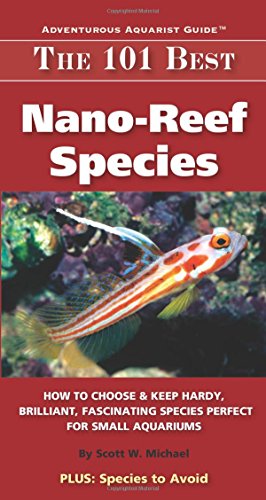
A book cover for The 101 Best Nano-Reef Species: How to Choose & Keep Hardy, Brilliant, Fascinating Species Perfect for Small Aquariums (Adventurous Aquarist Guide); Scott W. Michael; Crafts, Hobbies & Home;